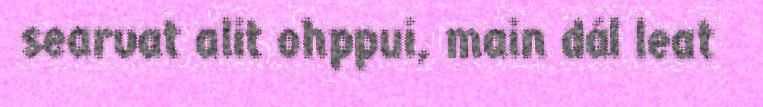
searvat alit ohppui, main dál leat